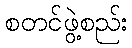
စတင်ဖွဲ့စည်း